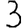
Digit: 3